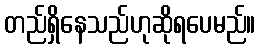
တည်ရှိနေသည်ဟုဆိုရပေမည်။